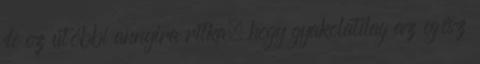
de ez utóbbi annyira ritka, hogy gyakolatilag az egész